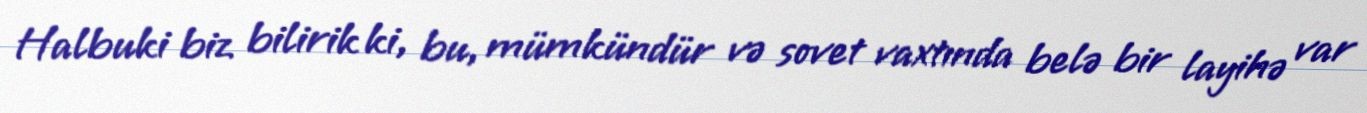
Halbuki biz bilirik ki, bu, mümkündür və sovet vaxtında belə bir layihə var